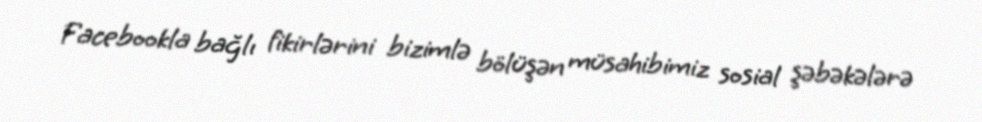
Facebookla bağlı fikirlərini bizimlə bölüşən müsahibimiz sosial şəbəkələrə